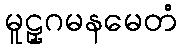
မူဠှဂမနမေတံ